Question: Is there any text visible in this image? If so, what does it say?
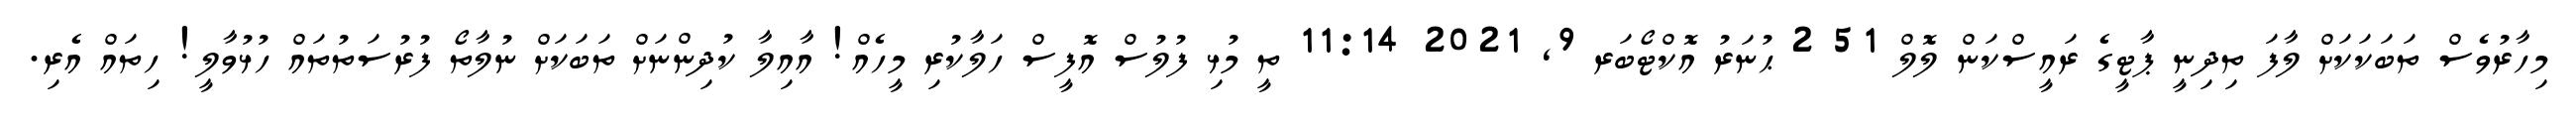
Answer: މިހާރުވެސް ތަބަކަކަށް ލާފަ ތިދިނީ ޕާޓީގެ ރައީސްކަން ލޮލް 51 2 ޙުނަރު އޮކްޓޯބަރ 9, 2021 11:14 ތީ މުޅި ފުލުސް އޮފީސް ހަލާކުރި މީހެއް! އާއިލާ ކުދިންނަށް ތަބަކަށް ނުލާތޯ ފުރުސަތުތައް ހުޅުވާލީ! ހިތައް އެރި.